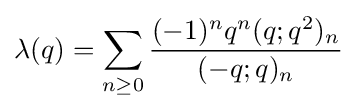
\lambda (q)=\sum _{n\geq 0}{\frac {(-1)^{n}q^{n}(q;q^{2})_{n}}{(-q;q)_{n}}}